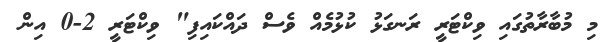
މި މުބާރާތުގައި ވިކްޓަރީ ރަނގަޅު ކުޅުމެއް ވެސް ދައްކައިފި" ވިކްޓަރީ 2-0 އިން